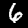
Digit: 6